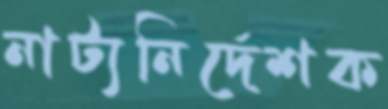
নাট্যনির্দেশক